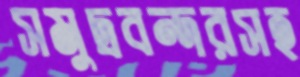
সমুদ্রবন্দরসহ